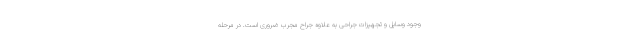
وجود وسایل و تجهیزات جراحی به علاوه جراح مجرب ضروری است. در مرحله